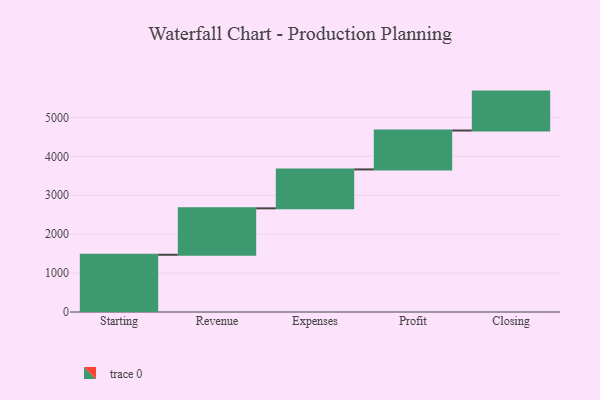
{"axis": {"x": "Step", "y": "Value"}, "legend": [""], "data": [{"x": "Starting", "y": 1471.0, "type": ""}, {"x": "Revenue", "y": 1193.0, "type": ""}, {"x": "Expenses", "y": 1000, "type": ""}, {"x": "Profit", "y": 1000, "type": ""}, {"x": "Closing", "y": 1000, "type": ""}]}